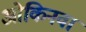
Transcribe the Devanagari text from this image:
ओकिनवा